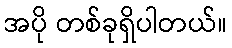
အပို တစ်ခုရှိပါတယ်။